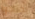
يحتاجوا